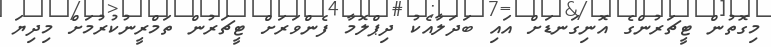
މިގޮތުން ޓީޗަރުންގެ އޮނިގަނޑަށް އައި ބަދަލާއެކު ދިޕްލޮމާ ފެންވަރަށް ޓީޗަރުން ތަމްރީނުކުރުމަށް މިިދިޔަ